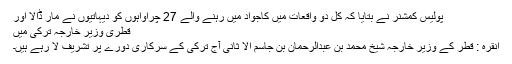
پولیس کمشنر نے بتایا کہ کل دو واقعات میں کاجواد میں رہنے والے 27 چراواہوں کو دیہاتیوں نے مار ڈالا اور
قطری وزیر خارجہ ترکی میں
انقرہ : قطر کے وزیرِ خارجہ شیخ محمد بن عبدالرحمان بن جاسم الا ثانی آج ترکی کے سرکاری دورے پر تشریف لا رہے ہیں۔